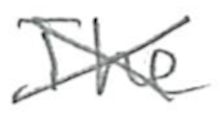
Text: The
Cross-out: cross
Writing tool: pencil